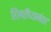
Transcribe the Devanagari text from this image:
हिलरींच्यानंतर